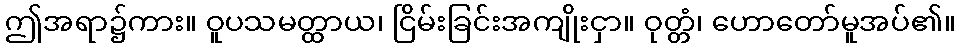
ဤအရာ၌ကား။ ဝူပသမတ္ထာယ၊ ငြိမ်းခြင်းအကျိုးငှာ။ ဝုတ္တံ၊ ဟောတော်မူအပ်၏။